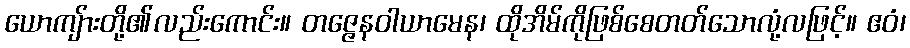
ယောကျ်ားတို့၏လည်းကောင်း။ တဇ္ဇေနဝါယာမေန၊ ထိုအိမ်ကိုဖြစ်စေတတ်သောလုံ့လဖြင့်။ ဧဝံ၊